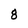
Character: 8